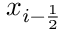
x _ { i - { \frac { 1 } { 2 } } }